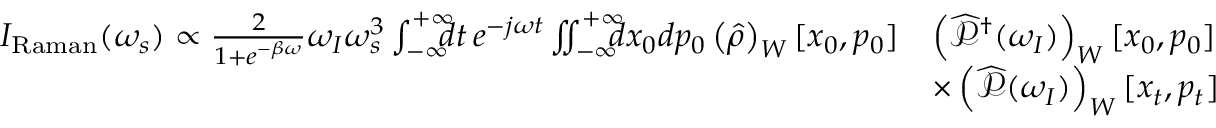
\begin{array} { r l } { I _ { \mathrm { R a m a n } } ( \omega _ { s } ) \propto \frac { 2 } { 1 + e ^ { - \beta \omega } } \omega _ { I } \omega _ { s } ^ { 3 } \int _ { - \infty } ^ { + \infty } \! \! \! \! d t \, e ^ { - j \omega t } \iint _ { - \infty } ^ { + \infty } \! \! \! \! d x _ { 0 } d p _ { 0 } \left( \widehat { \rho } \right) _ { W } [ x _ { 0 } , p _ { 0 } ] } & { \left( \widehat { \mathcal { P } } ^ { \dagger } ( \omega _ { I } ) \right) _ { W } [ x _ { 0 } , p _ { 0 } ] } \\ & { \times \left( \widehat { \mathcal { P } } ( \omega _ { I } ) \right) _ { W } [ x _ { t } , p _ { t } ] } \end{array}